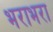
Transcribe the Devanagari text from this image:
भराभरा